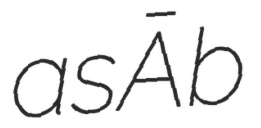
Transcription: as Āb